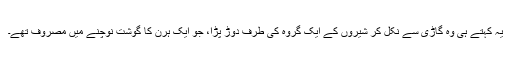
یہ کہتے ہی وہ گاڑی سے نکل کر شیروں کے ایک گروہ کی طرف دوڑ پڑا، جو ایک ہرن کا گوشت نوچنے میں مصروف تھے۔